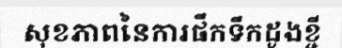
សុខភាពនៃការផឹកទឹកដូងខ្ចី